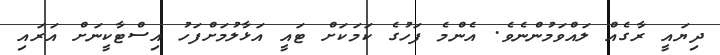
ދިޔައީ ރާގެއް ލައްވަމުންނެވެ. އެންމެ ފަހުގެ ކަމަކަށް ޓައީ އަޅާލުމަށްފަހު އިސްޓާކީނަށް އަރައި